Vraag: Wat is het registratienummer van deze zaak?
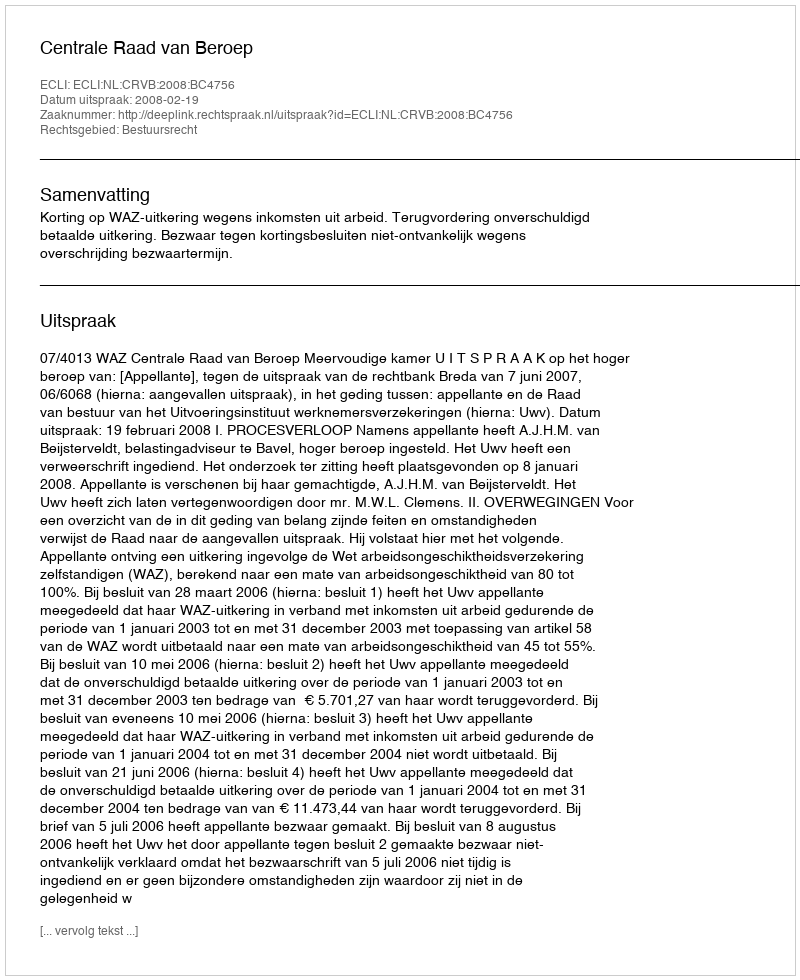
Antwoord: http://deeplink.rechtspraak.nl/uitspraak?id=ECLI:NL:CRVB:2008:BC4756